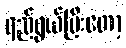
ရည်ရွယ်ပြီးတော့